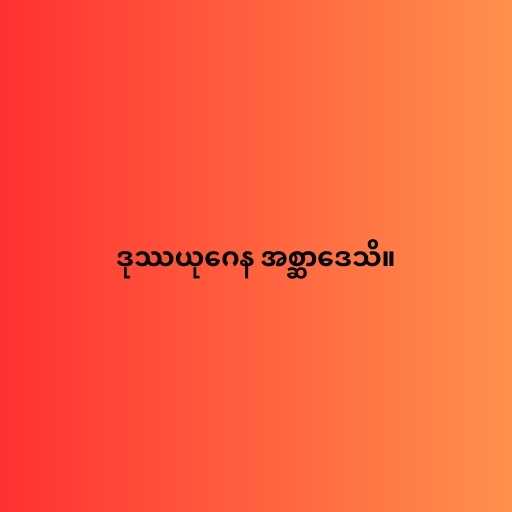
ဒုဿယုဂေန အစ္ဆာဒေသိ။